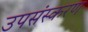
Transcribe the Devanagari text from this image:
उपसंस्करण